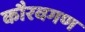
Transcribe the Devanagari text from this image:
कौरवगण